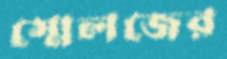
স্মেলজের